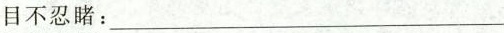
目不忍睹:___